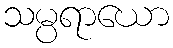
သမ္ပရာယော